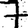
Digit: 7